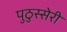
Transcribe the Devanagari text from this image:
पुठुस्सेरी